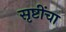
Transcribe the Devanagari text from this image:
सृष्टींचा